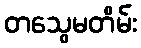
တသွေမတိမ်း